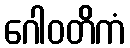
ဂေါဝတိကံ